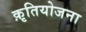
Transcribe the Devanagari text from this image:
क़ृतियोजना